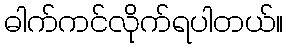
ဓါက်ကင်လိုက်ရပါတယ်။